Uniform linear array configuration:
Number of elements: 64
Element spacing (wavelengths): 0.75
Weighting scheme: exponential
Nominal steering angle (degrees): -60
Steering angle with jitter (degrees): -60.603
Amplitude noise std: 0.05
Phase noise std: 0.05

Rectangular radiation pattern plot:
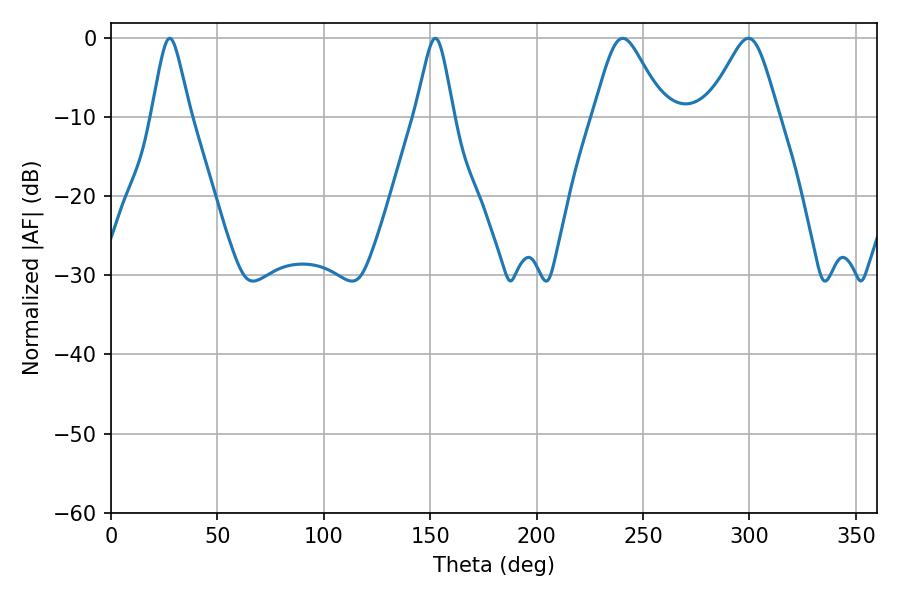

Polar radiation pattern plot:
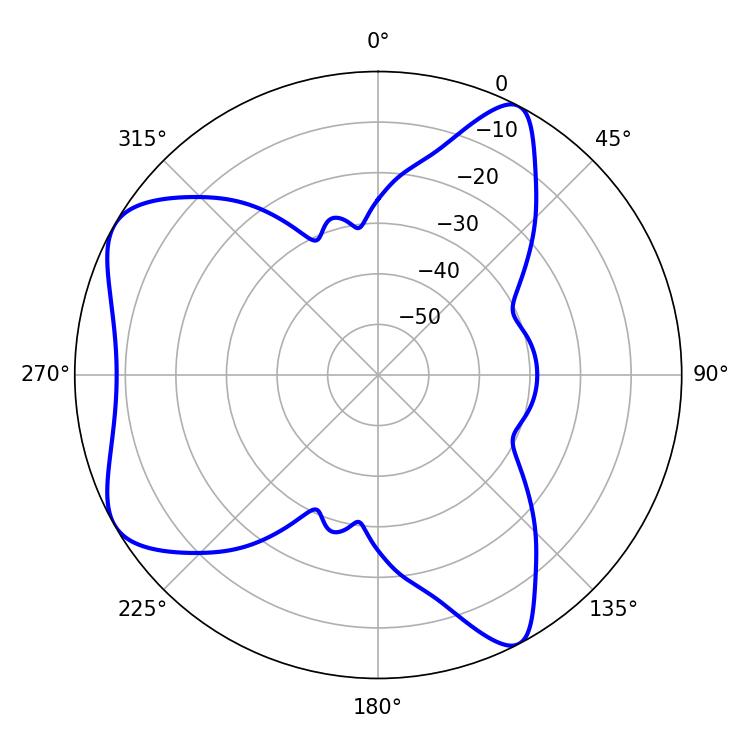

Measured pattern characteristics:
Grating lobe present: TRUE
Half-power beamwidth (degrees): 16.2
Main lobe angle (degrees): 240.48